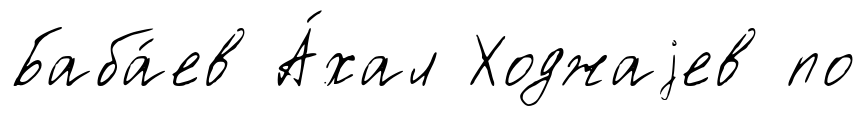
Баба́ев А́хал Ходжаjев по